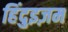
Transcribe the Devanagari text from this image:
हिंदुइज़म